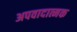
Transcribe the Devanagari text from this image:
अपवादात्मक